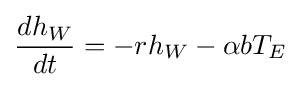
{\frac {dh_{W}}{dt}}=-rh_{W}-\alpha bT_{E}